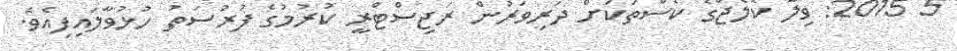
5 2015: ވިލާ ކޮލެޖްގެ ކޯސްތަކަށް ދަރިވަރުން ރަޖިސްޓްރީ ކުރުމުގެ ފުރުސަތު ހުޅުވާލައިފިއެވެ.